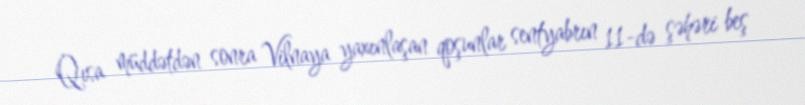
Qısa müddətdən sonra Vilnaya yaxınlaşan qoşunlar sentyabrın 11-də şəhəri beş